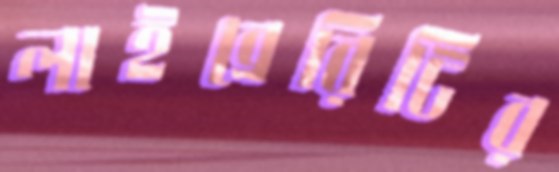
লাইব্রেরিটির